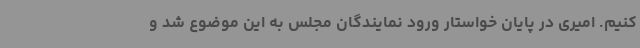
کنیم. امیری در پایان خواستار ورود نمایندگان مجلس به این موضوع شد و